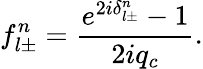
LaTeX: f_{l\pm}^{n}=\frac{e^{2i\delta_{l\pm}^{n}}-1}{2iq_{c}}.